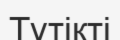
Түтікті